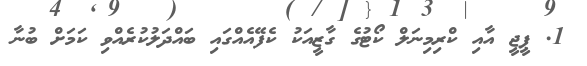
1. ޕީޖީ އާއި ކްރިމިނަލް ކޯޓުގެ ގާޒީއަކު ކެފޭއެއްގައި ބައްދަލުކުރެއްވި ކަމަށް ބުނާ